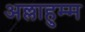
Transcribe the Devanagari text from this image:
अल्लाहुम्म